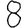
Digit: 8